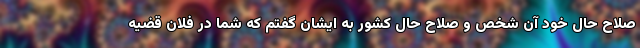
صلاح حال خود آن شخص و صلاح حال کشور به ایشان گفتم که شما در فلان قضیه